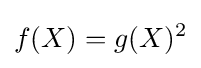
f(X)=g(X)^{2}